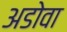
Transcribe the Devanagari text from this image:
अडोवा